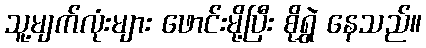
သူ့မျက်လုံးများ ဖောင်းမို့ပြီး စိုရွှဲ နေသည်။